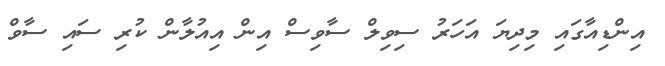
އިންޑިއާގައި މިދިޔަ އަހަރު ސިވިލް ސާވިސް އިން އިއުލާން ކުރި ސައި ސާވް